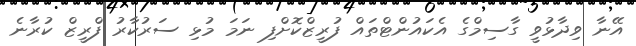
އޭނާ ވިދާޅުވީ ގާސިމްގެ އެކައުންޓްތައް ފުރީޒްކޮށްފި ނަމަ މުޅި ސަރުކާރު ފްރީޒް ކުރާނެ